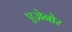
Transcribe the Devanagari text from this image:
एज़ेनोर